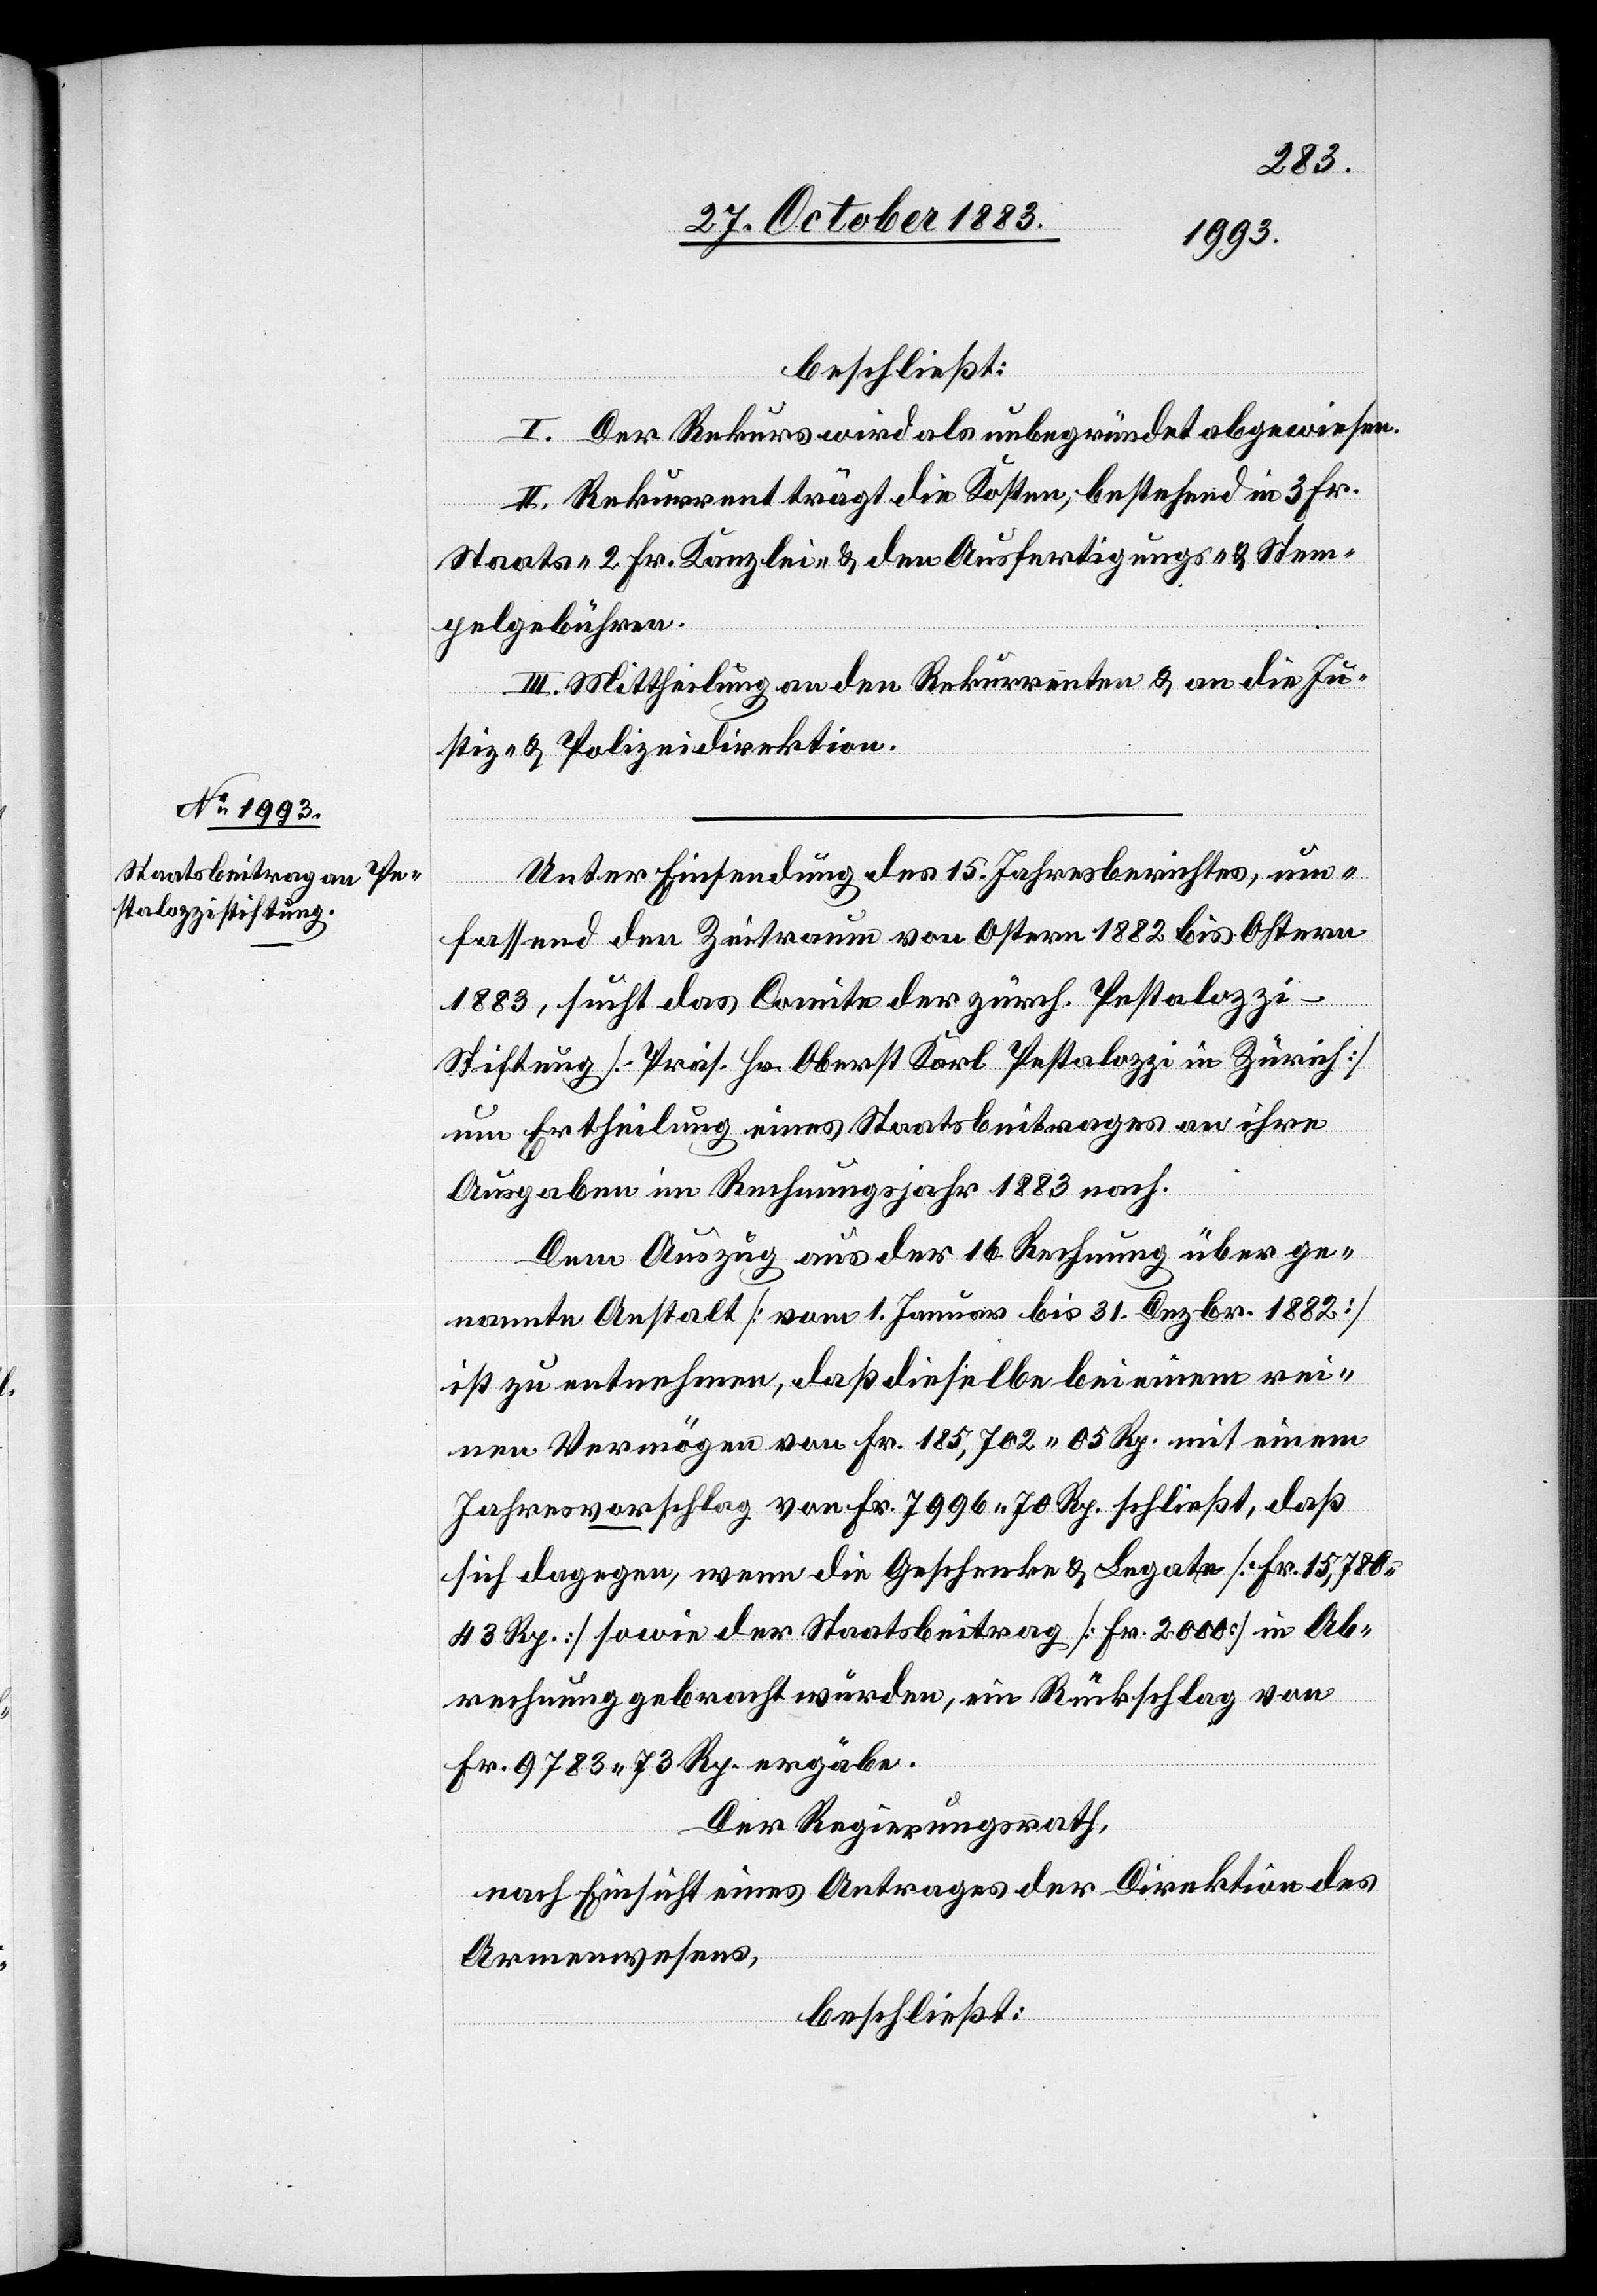
beschließt:
I. Der Rekurs wird als unbegründet abgewiesen.
II. Rekurrent trägt die Kosten, bestehend in 3 Fr.
Staats-[,] 2 fr. Kanzlei- & den Ausfertigungs- & Stem¬
pelgebühren.
III. Mittheilung an den Rekurrenten & an die Ju¬
stiz- & Polizeidirektion.
Unter Einsendung des 15. Jahresberichtes, um¬
daß
fassend den Zeitraum von Ostern 1882 bis Ostern
1883, sucht das Comite der zürch. Pestalozz¬
i-Stiftung [Präs. Hr. Oberst Karl Pestalozzi in Zürich]
um Ertheilung eines Staatsbeitrages an ihre
Ausgaben im Rechnungsjahr 1883 nach.
Dem Auszug aus der 16. Rechnung über ge¬
nannte Anstalt [vom 1. Januar bis 31. Dezbr. 1882]
ist zu entnehmen, daß dieselbe bei einem rei¬
nen Vermögen von Fr. 185,702 05 Rp. schließt,
sich dagegen, wenn die Geschenke & Legate [Fr. 15,780
43 Rp.] sowie der Staatsbeitrag [Fr. 2000] in Ab¬
rechnung gebracht wurden, ein Rückschlag von
Fr. 9783 73 Rp. ergäbe.
Der Regierungsrath,
nach Einsicht eines Antrages der Direktion des
Armenwesens,
beschließt: